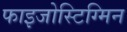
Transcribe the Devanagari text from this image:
फाइजोस्टिग्मिन